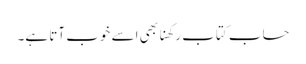
حساب کتاب رکھنا بھی اسے خوب آتا ہے۔